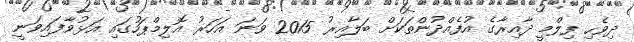
ދިވެހި ފިލްމީ ދާއިރާގެ އުފެއްދުންތަކަށް ބަލާއިރު 2015 ވަނަ އަހަރު އޮލިމްޕަހުގައި އަޅުވާފައިވަނީ